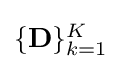
{\textstyle \{\mathbf {D} \}_{k=1}^{K}}